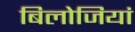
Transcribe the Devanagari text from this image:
बिलोजियां